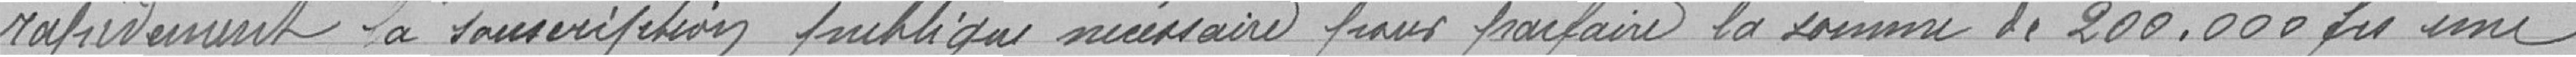
rapidement la souscription publique nécessaire pour  la somme de 200 000 francs, une